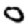
Digit: 0